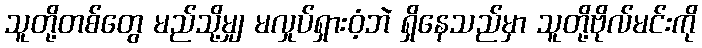
သူတို့တစ်တွေ မည်သို့မျှ မလှုပ်ရှားဝံ့ဘဲ ရှိနေသည်မှာ သူတို့ဗိုလ်မင်းကို